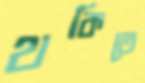
থকিতে